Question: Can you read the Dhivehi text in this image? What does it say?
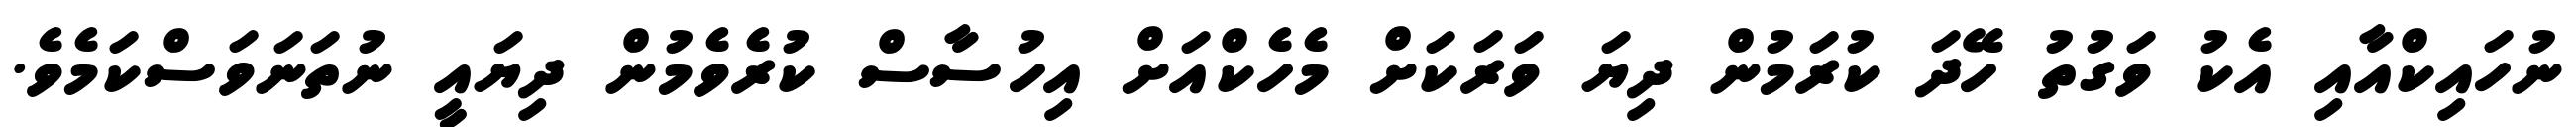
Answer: ނުހައިކްއާއި އެކު ވަގުތު ހޭދަ ކުރަމުން ދިޔަ ވަރަކަށް މެހެކްއަށް އިހުސާސް ކުރެވެމުން ދިޔައީ ނުތަނަވަސްކަމެވެ.